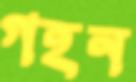
গহন